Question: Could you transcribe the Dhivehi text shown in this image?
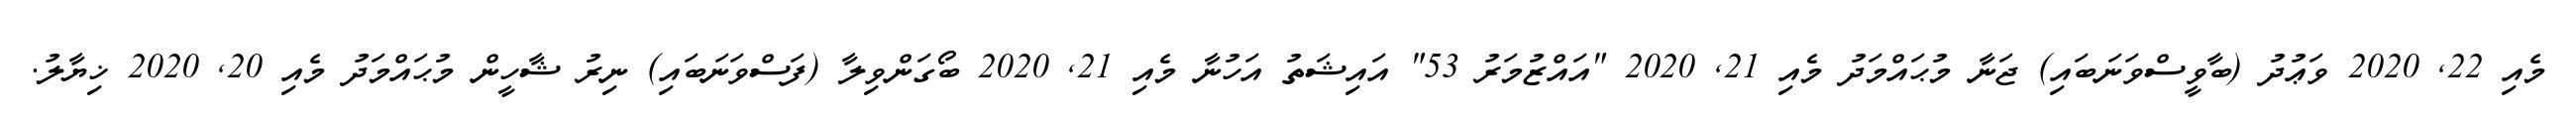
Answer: މެއި 22, 2020 ވަޢުދު (ބާވީސްވަނަބައި) ޖަނާ މުޙައްމަދު މެއި 21, 2020 "އައްޒުމަރު 53" އައިޝަތު އަހުނާ މެއި 21, 2020 ބޯގަންވިލާ (ފަސްވަނަބައި) ނިރު ޝާހީން މުޙައްމަދު މެއި 20, 2020 ޚިޔާލު.